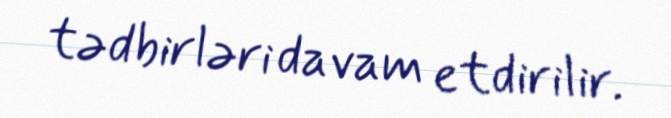
tədbirləri davam etdirilir.